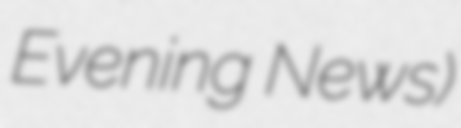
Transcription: Evening News)